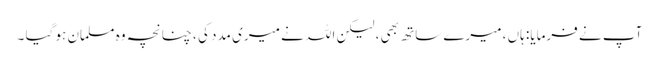
آپ نے فرمایا: ہاں ، میرے ساتھ بھی ، لیکن اللہ نے میری مدد کی ، چنانچہ وہ مسلمان ہو گیا ۔